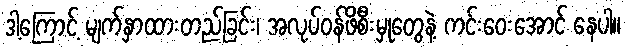
ဒါ့ကြောင့် မျက်နှာထားတည်ခြင်း၊ အလုပ်ဝန်ဖိစီးမှုတွေနဲ့ ကင်းဝေးအောင် နေပါ။